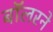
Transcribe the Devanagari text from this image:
बॉलरने